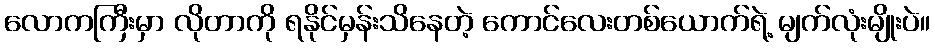
လောကကြီးမှာ လိုတာကို ရနိုင်မှန်းသိနေတဲ့ ကောင်လေးတစ်ယောက်ရဲ့ မျက်လုံးမျိုးပဲ။